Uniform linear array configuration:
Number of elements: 48
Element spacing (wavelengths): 0.75
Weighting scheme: cosine
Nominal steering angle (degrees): -60
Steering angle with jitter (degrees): -59.6
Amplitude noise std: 0.05
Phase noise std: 0.05

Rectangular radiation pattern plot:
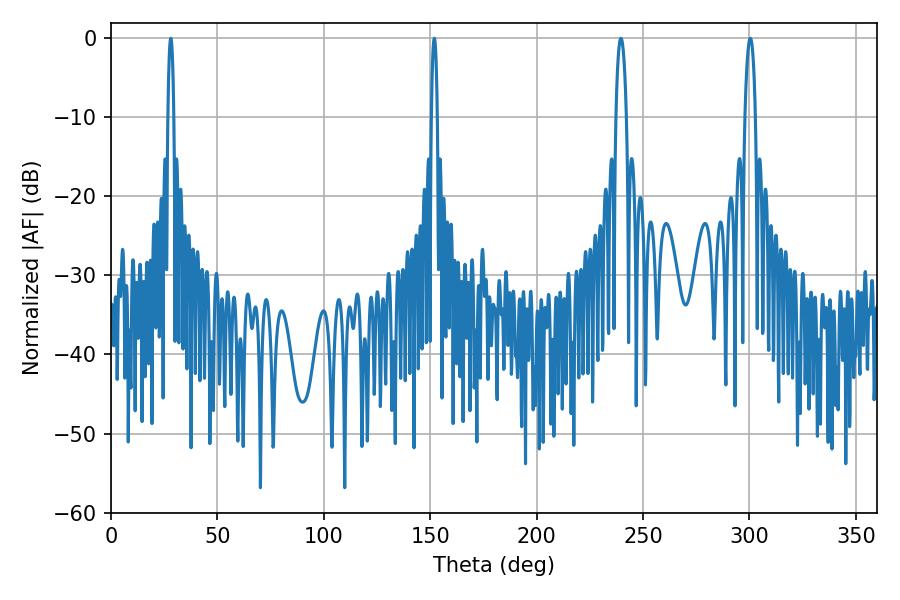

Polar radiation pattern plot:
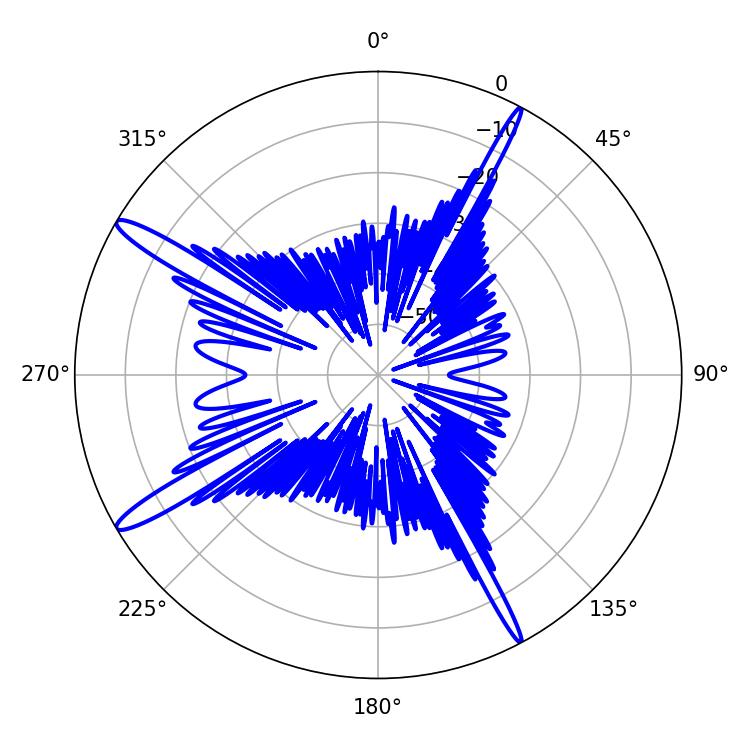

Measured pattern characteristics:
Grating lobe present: TRUE
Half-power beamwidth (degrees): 1.44
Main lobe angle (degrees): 28.08